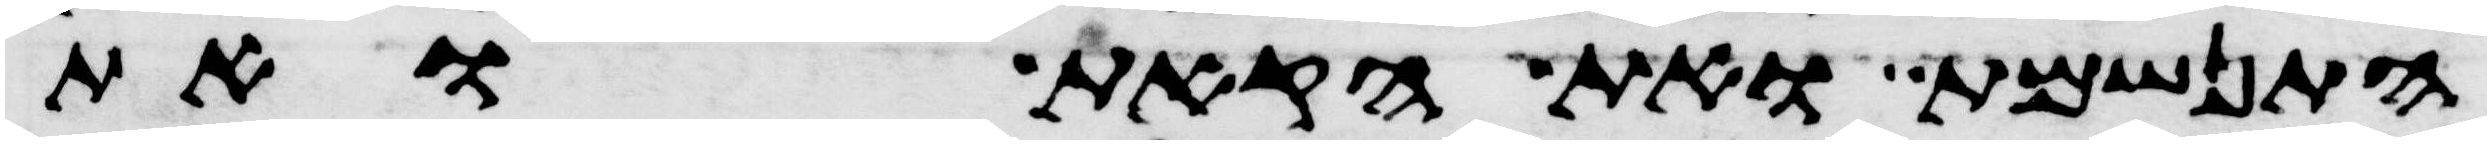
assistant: התנשמת ואת הקאת ואת